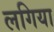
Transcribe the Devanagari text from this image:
लगिया